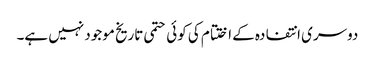
دوسری انتفادہ کے اختتام کی کوئی حتمی تاریخ موجود نہیں ہے۔